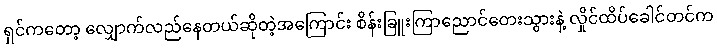
ရှင်ကတော့ လျှောက်လည်နေတယ်ဆိုတဲ့အကြောင်း စိန်းခြူးကြာညောင်တေးသွားနဲ့ လှိုင်ထိပ်ခေါင်တင်က